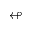
\looparrowleft